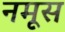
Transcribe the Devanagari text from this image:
नमूस